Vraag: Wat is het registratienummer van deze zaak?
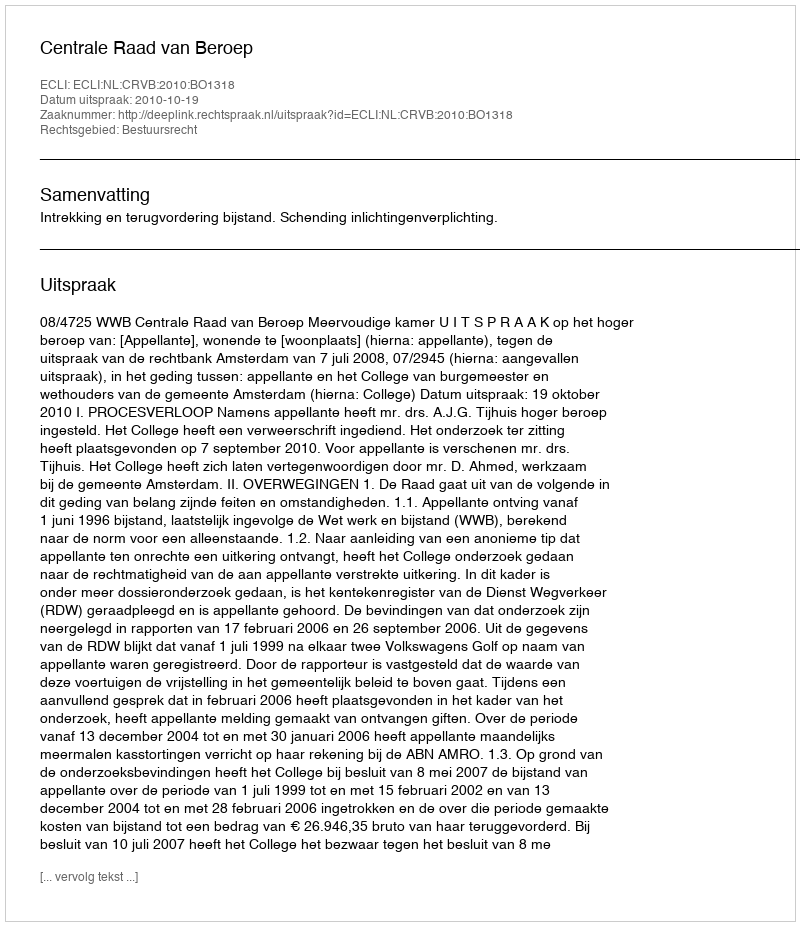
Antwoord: http://deeplink.rechtspraak.nl/uitspraak?id=ECLI:NL:CRVB:2010:BO1318